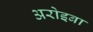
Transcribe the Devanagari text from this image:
अरोइबा